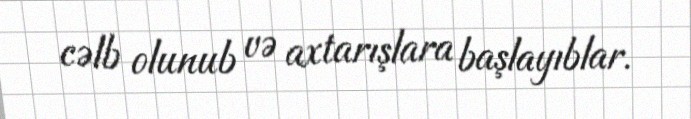
cəlb olunub və axtarışlara başlayıblar.